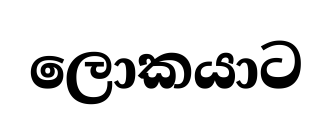
ලොකයාට